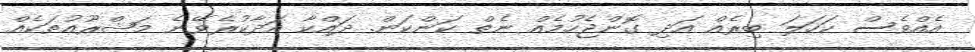
އެއްވެސް ކަހަލަ ބިރެއް އަދި ގޮންޖެހުމެއް ނެތް ކަންކަން. ދައްކާ އަދާކުރެވޭނެ މަޝްރޫއުތަކެއް